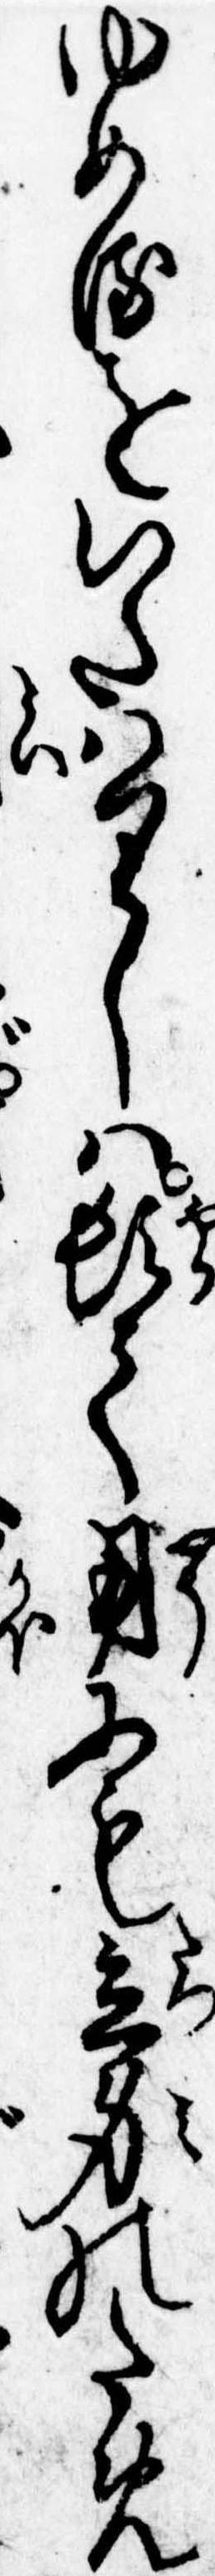
ゆめるをいたはりしは頓て用にも立身のため